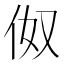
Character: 伮